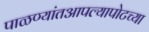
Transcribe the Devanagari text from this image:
पाळण्यांतआपल्यापोटच्या